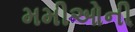
મમીઓની